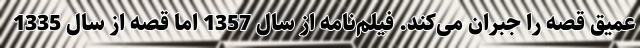
عميق قصه را جبران می‌كند. فيلم‌نامه از سال 1357 اما قصه از سال 1335